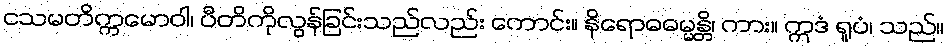
ငသမတိက္ကမောဝါ၊ ပီတိကိုလွန်ခြင်းသည်လည်း ကောင်း။ နိရောဓဓမ္မန္တိ၊ ကား။ ဣဒံ ရူပံ၊ သည်။